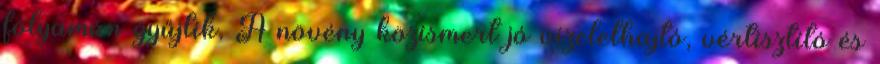
folyamán gyűjtik. A növény közismert jó vizelethajtó, vértisztító és